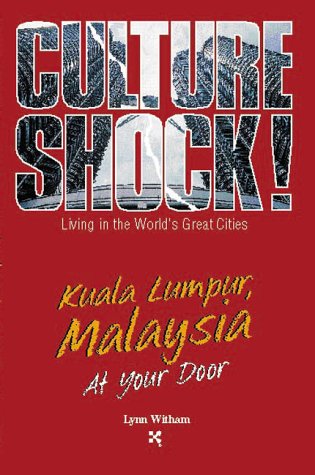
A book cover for Kuala Lumpur, Malaysia at Your Door (Culture Shock! At Your Door: A Survival Guide to Customs & Etiquette); Lynn Witham; Travel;